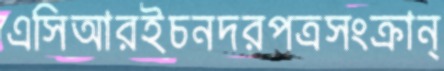
এসিআরইচনদরপত্রসংক্রান্